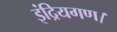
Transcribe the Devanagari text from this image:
इंद्रियगण।